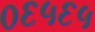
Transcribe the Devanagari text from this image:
०६५६५